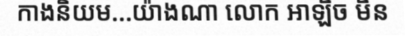
កាងនិយម...យ៉ាងណា លោក អាឡិច មិន